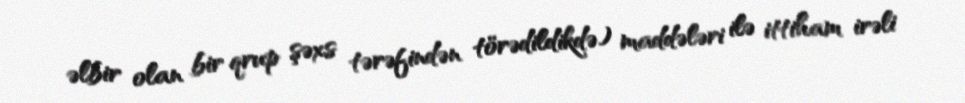
əlbir olan bir qrup şəxs tərəfindən törədildikdə) maddələri ilə ittiham irəli